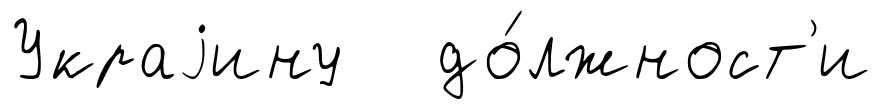
Украjину до́лжност'и